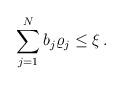
LaTeX: \begin{align*} \sum_{j=1}^N b_j\varrho_j\leq \xi\,. \end{align*}